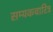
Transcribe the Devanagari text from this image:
सम्यकचारित्र